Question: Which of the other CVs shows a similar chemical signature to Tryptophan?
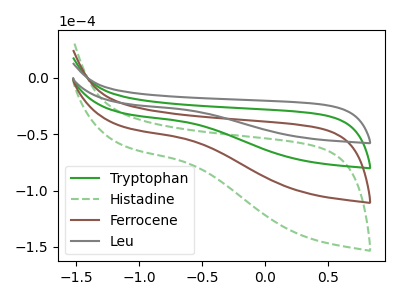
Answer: <think>The green curve "Tryptophan" has no peaks. The green dashed curve "Histadine" has no peaks. The brown curve "Ferrocene" has no peaks. The gray curve "Leu" has no peaks.
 Neither "Tryptophan" or "Histadine" have any peaks. Neither "Tryptophan" or "Ferrocene" have any peaks. Neither "Tryptophan" or "Leu" have any peaks. Neither "Histadine" or "Ferrocene" have any peaks. Neither "Histadine" or "Leu" have any peaks. Neither "Ferrocene" or "Leu" have any peaks.</think>
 <answer>"Tryptophan", "Histadine" and "Ferrocene" have a similar shape to "Leu".</answer>
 <eval>"Tryptophan" "Histadine" "Ferrocene"</eval>